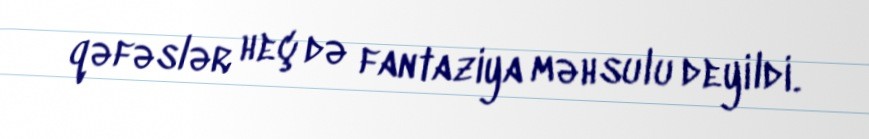
qəfəslər heç də fantaziya məhsulu deyildi.